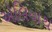
એલિયાથ